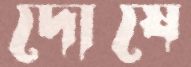
দোষে